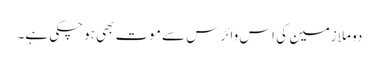
دو ملازمین کی اس وائرس سے موت بھی ہوچکی ہے۔